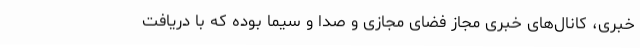
خبری، کانال‌های خبری مجاز فضای مجازی و صدا و سیما بوده که با دریافت